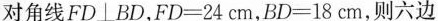
对角线FD⊥BD,FD=24 cm,BD=18 cm,则六边